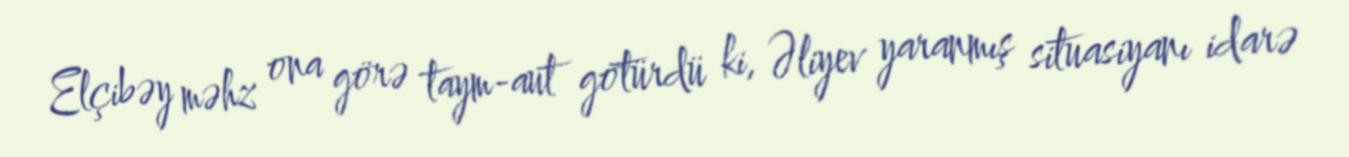
Elçibəy məhz ona görə taym-aut götürdü ki, Əliyev yaranmış situasiyanı idarə